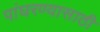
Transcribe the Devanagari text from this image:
पांघरण्यासाठी